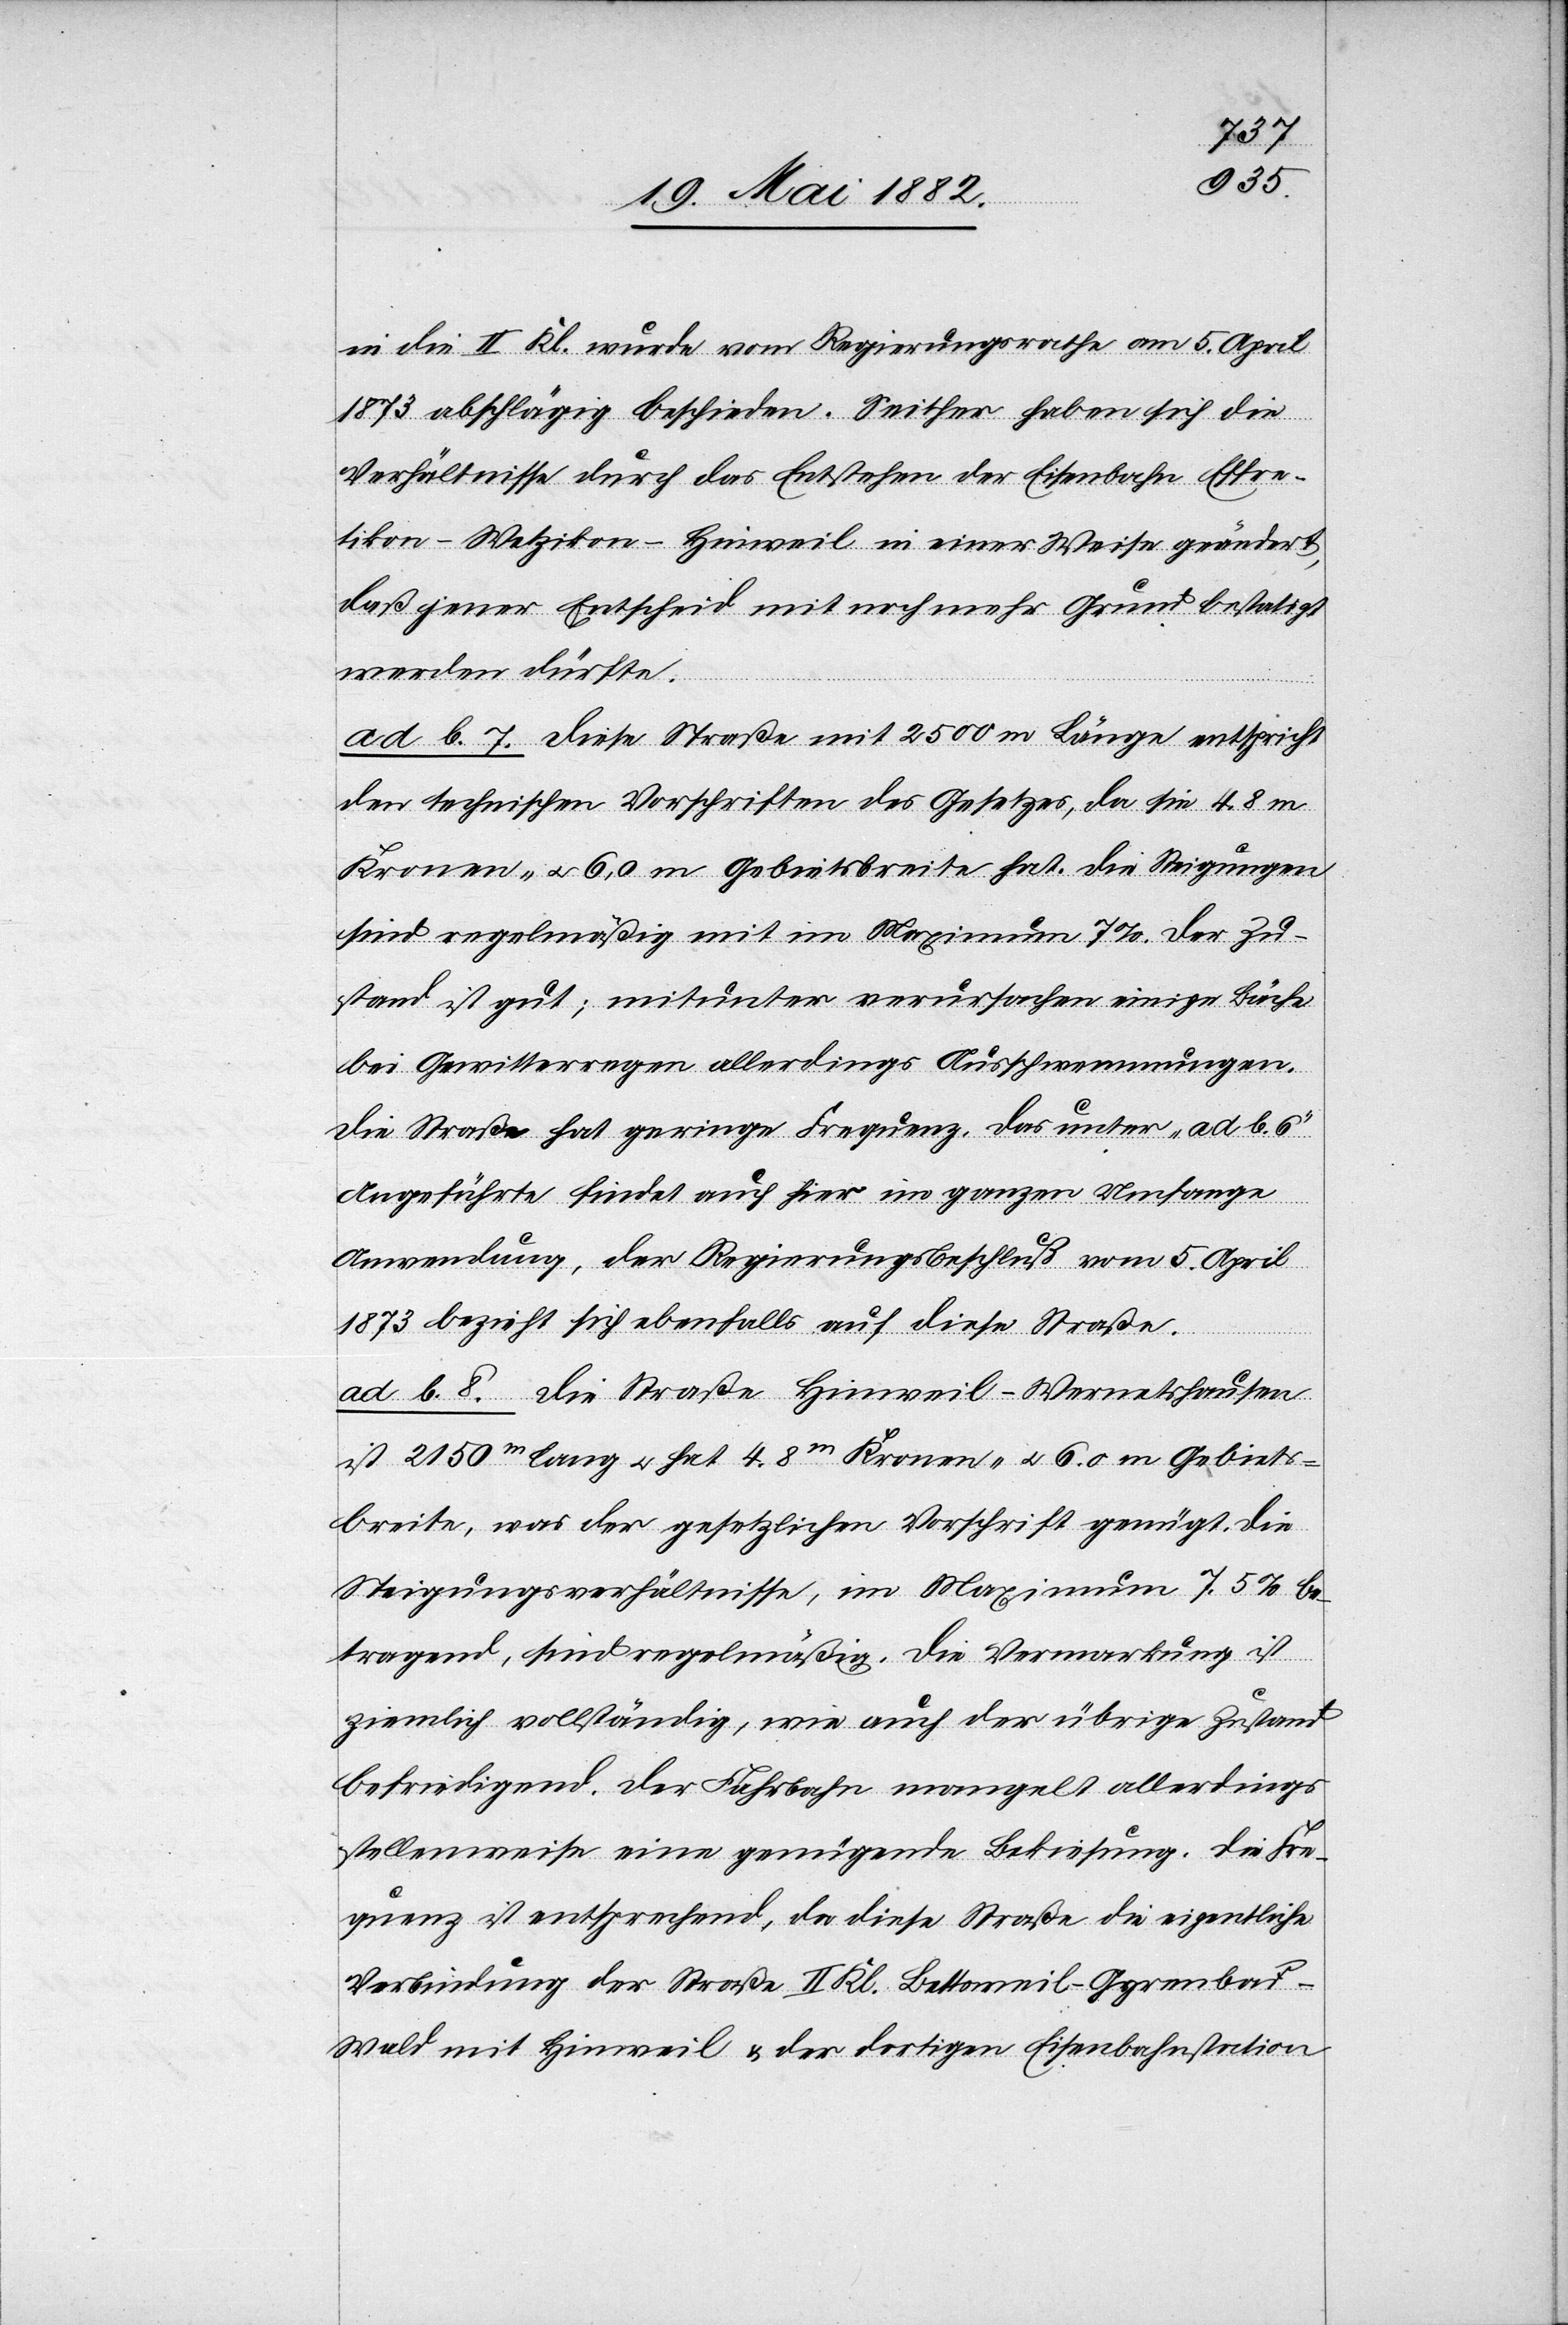
in die II. Kl. wurde vom Regierungsrathe am 5. April
1873 abschlägig beschieden. Seither haben sich die
Verhältnisse durch das Entstehen der Eisenbahn Effre¬
tikon–Wetzikon–Hinweil in einer Weise geändert,
daß jener Entscheid mit noch mehr Grund bestätigt
werden dürfte.
ad b. 7. Diese Straße mit 2500 m Länge entspricht
den technischen Vorschriften des Gesetzes, da sie 4.8 m
Kronen- u. 6,0 m Gebietsbreite hat. Die Steigungen
sind regelmäßig mit im Maximum 7%. Der Zu¬
stand ist gut; mitunter verursachen einige Bäche
bei Gewitterregen allerdings Ausschwemmungen.
Die Straße hat geringe Frequenz. Das unter „ad b. 6“
Angeführte findet auch hier im ganzen Umfange
Anwendung, der Regierungsbeschluß vom 5. April
1873 bezieht sich ebenfalls auf diese Straße.
ad b. 8. Die Straße Hinweil–Wernetshausen
ist 2150m lang u. hat 4.8m Kronen- u. 6.0 m Gebiets¬
breite, was der gesetzlichen Vorschrift genügt. Die
Steigungsverhältnisse, im Maximum 7.5% be¬
tragend, sind regelmäßig. Die Vermarkung ist
ziemlich vollständig, wie auch der übrige Zustand
befriedigend. Der Fahrbahn mangelt allerdings
stellenweise eine genügende Bekiesung. Die Fre¬
quenz ist entsprechend, da diese Straße die eigentliche
Verbindung der Straße II. Kl. Bettsweil–Gyrenba¬
d–Wald mit Hinweil & der dortigen Eisenbahnstation